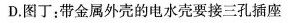
D.图丁：带金属外壳的电水壳要接三孔插座